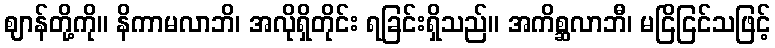
ဈာန်တို့ကို။ နိကာမလာဘိ၊ အလိုရှိတိုင်း ရခြင်းရှိသည်။ အကိစ္ဆလာဘီ၊ မငြိငြင်သဖြင့်